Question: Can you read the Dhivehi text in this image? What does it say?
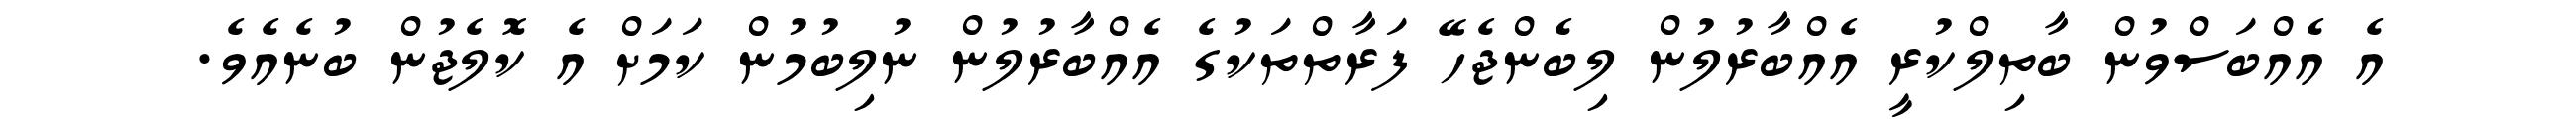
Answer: އެ އެއްބަސްވުން ބާތިލްކުރީ އެއްބާރުލުން ލިބެންޖެހޭ ފަރާތްތަކުގެ އެއްބާރުލުން ނުލިބުމުން ކަމަށް އެ ކޮލެޖުން ބުނެއެވެ.